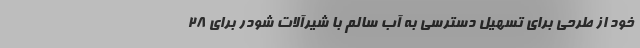
خود از طرحی برای تسهیل دسترسی به آب سالم با شیرآلات شودر برای ۲۸